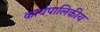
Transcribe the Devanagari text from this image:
कार्यपालिकीय